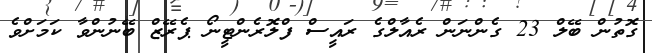
ގޮތުން ބޭލް 23 ގެންނަން ރެއާލްގެ ރައީސް ފްލޮރެންޓީނޯ ޕެރޭޒް ބޭނުންވާ ކަމަށްވެ